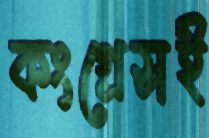
কংগ্রেসই